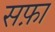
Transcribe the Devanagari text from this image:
सफ़ा